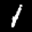
Label: 1